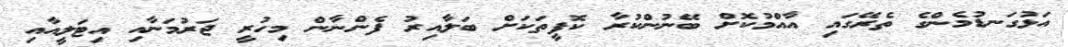
އަޅުގަނޑުމެންގެ ތެރޭގައި އާއްމުކޮށް ބޭނުންކުރާ ކޮފީތަކަށް ބަލާއިރު ފެންނާން މިހުރީ ޖަރުމަނާއި އިޓަލީއާއި